Indian journal of veterinary science and animal husbandry - Volume 1,
Year: 1931
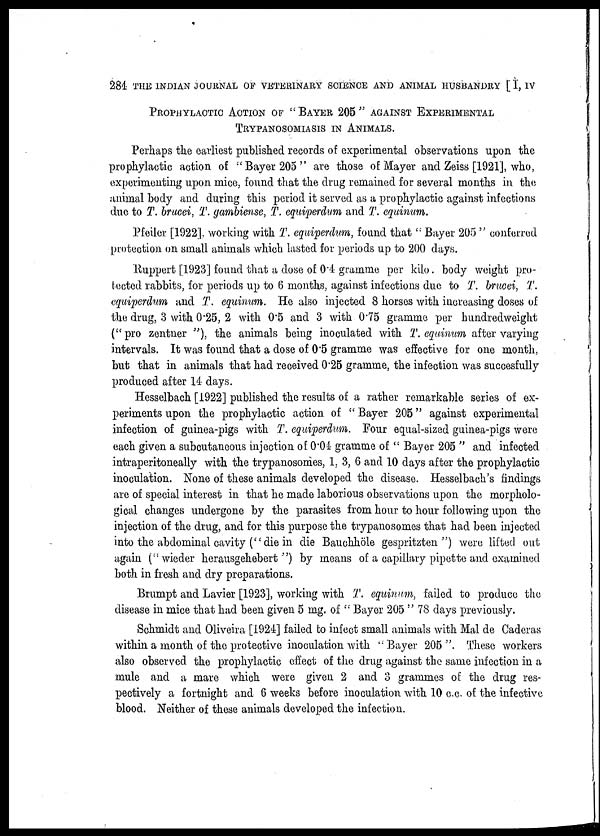
284. THE INDIAN JOURNAL OF VETERINARY SCIENCE AND ANIMAL HUSBANDRY [ I, IV
PROPHYLACTIC ACTION OF " BAYER 205 " AGAINST EXPERIMENTAL
TRYPANOSOMIASIS IN ANIMALS.
Perhaps the earliest published records of experimental observations upon the
prophylactic action of "Bayer 205" are those of Mayer and Zeiss [1921], who,
experimenting upon mice, found that the drug remained for several months in the
animal body and during this period it served as a prophylactic against infections
due to T. brucei, T. gambiense, T. equiperdum and T. equinum.
Pfeiler [1922], working with T. equiperdum, found that " Bayer 205 " conferred
protection on small animals which lasted for periods up to 200 days.
Ruppert [1923] found that a dose of 0.4 gramme per kilo. body weight pro-
tected rabbits, for periods up to 6 months, against infections due to T. brucei, T.
equipendum and T. equinum. He also injected 8 horses with increasing doses of
the drug, 3 with 0.25, 2 with 0.5 and 3 with 0.75 gramme per hundredweight
(" pro zentner "), the animals being inoculated with T. equinum after varying
intervals. It was found that a dose of 0.5 gramme was effective for one month,
but that in animals that had received 0.25 gramme, the infection was succesfully
produced after 14 days.
Hesselbach [1922] published the results of a rather remarkable series of ex-
periments upon the prophylactic action of " Bayer 205" against experimental
infection of guinea-pigs with T. equiperdum. Four equal-sized guinea-pigs were
each given a subcutaneous injection of 0.04 gramme of " Bayer 205 " and infected
intraperitoneally with the trypanosomes, 1, 3, 6 and 10 days after the prophylactic
inoculation. None of these animals developed the disease. Hesselbach's findings
are of special interest in that he made laborious observations upon the morpholo-
gical changes undergone by the parasites from hour to hour following upon the
injection of the drug, and for this purpose the trypanosomes that had been injected
into the abdominal cavity (" die in die Bauchhöle gespritzten ") were lifted out
again ("wieder herausgehebert ") by means of a capillary pipette and examined
both in fresh and dry preparations.
Brumpt and Lavier [1923], working with T. equinum, failed to produce the
disease in mice that had been given 5 mg. of " Bayer 205 " 78 days previously.
Schmidt and Oliveira [1924] failed to infect small animals with Mal de Caderas
within a month of the protective inoculation with " Bayer 205 ". These workers
also observed the prophylactic effect of the drug against the same infection in a
mule and a mare which were given 2 and 3 grammes of the drug res-
pectively a fortnight and 6 weeks before inoculation with 10 c.c. of the infective
blood. Neither of these animals developed the infection.